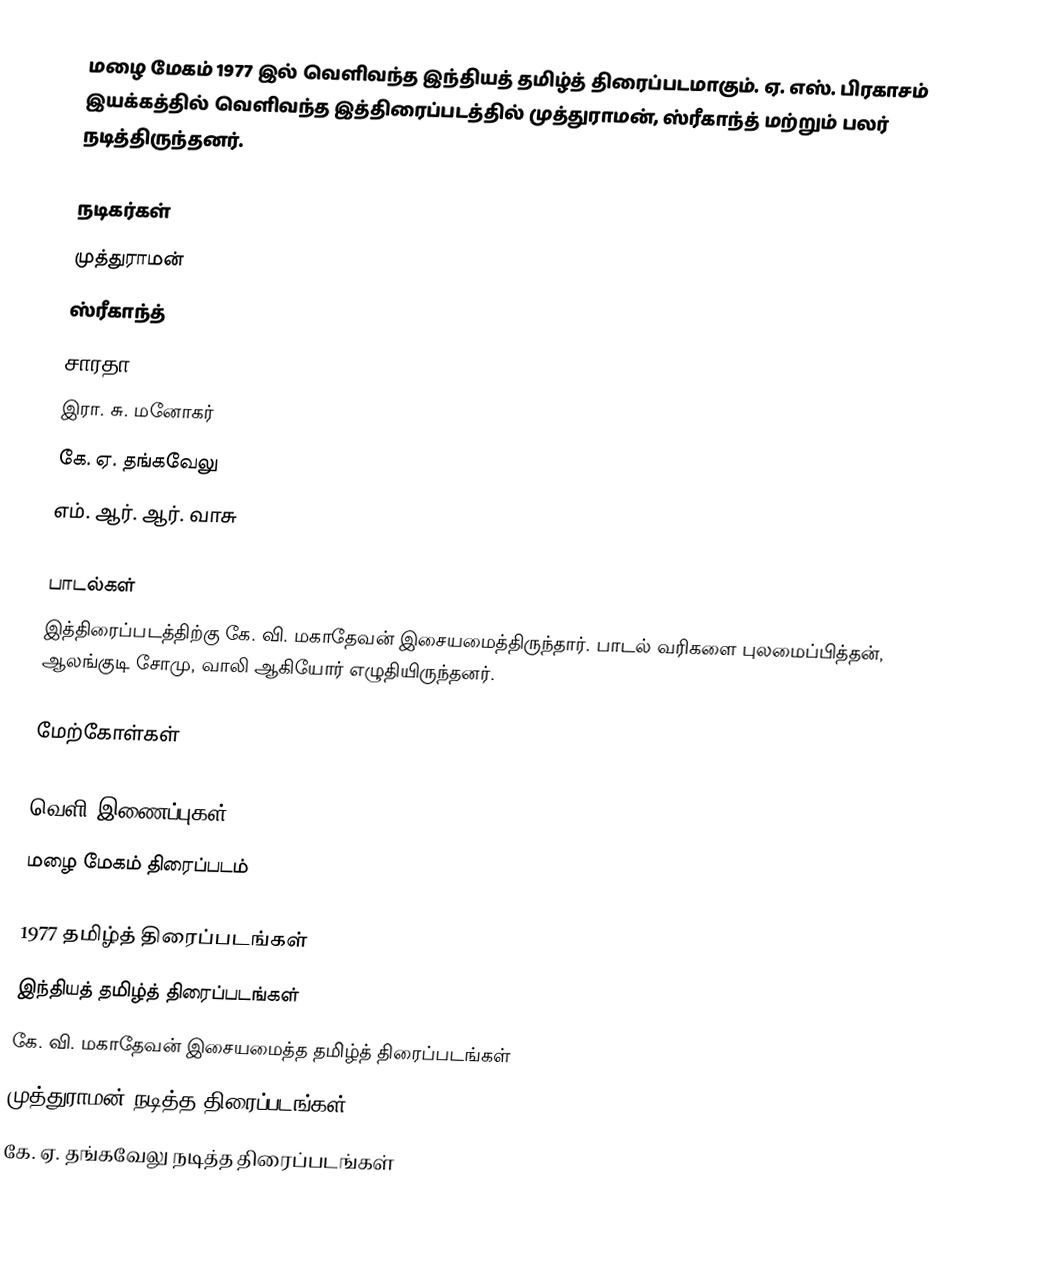
மழை மேகம் 1977 இல் வெளிவந்த இந்தியத் தமிழ்த் திரைப்படமாகும். ஏ. எஸ். பிரகாசம் இயக்கத்தில் வெளிவந்த இத்திரைப்படத்தில் முத்துராமன், ஸ்ரீகாந்த் மற்றும் பலர் நடித்திருந்தனர்.

நடிகர்கள்
 முத்துராமன்
 ஸ்ரீகாந்த்
 சாரதா
 இரா. சு. மனோகர்
 கே. ஏ. தங்கவேலு
 எம். ஆர். ஆர். வாசு

பாடல்கள்
இத்திரைப்படத்திற்கு கே. வி. மகாதேவன் இசையமைத்திருந்தார். பாடல் வரிகளை புலமைப்பித்தன், ஆலங்குடி சோமு, வாலி ஆகியோர் எழுதியிருந்தனர்.

மேற்கோள்கள்

வெளி இணைப்புகள்
 மழை மேகம் திரைப்படம்

1977 தமிழ்த் திரைப்படங்கள்
இந்தியத் தமிழ்த் திரைப்படங்கள்
கே. வி. மகாதேவன் இசையமைத்த தமிழ்த் திரைப்படங்கள்
முத்துராமன் நடித்த திரைப்படங்கள்
கே. ஏ. தங்கவேலு நடித்த திரைப்படங்கள்